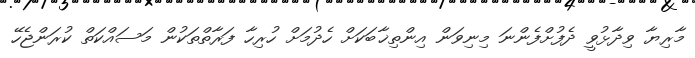
މާރިޔާ ވިދާޅުވީ ދެފުށްފެންނަ މިނިވަން އިންތިޚާބަކަށް ހެދުމަށް ހުރިހާ ފަރާތްތަކުން މަސައްކަތް ކުރަންޖެހޭ